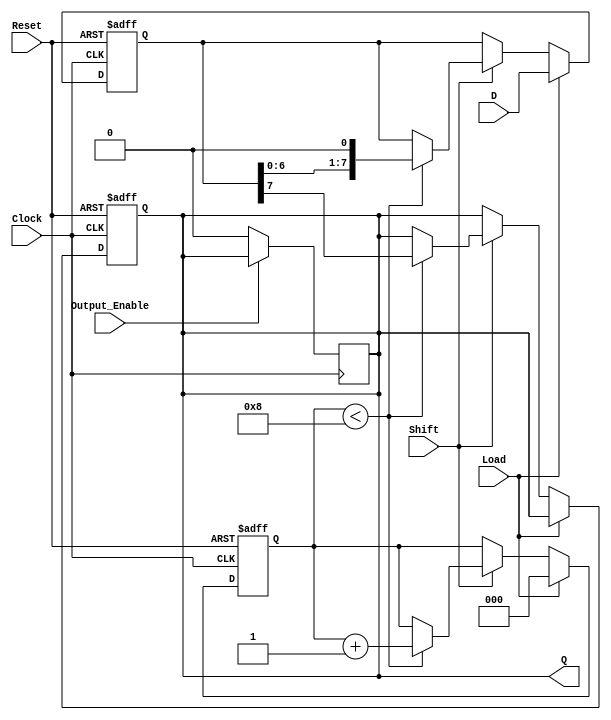
module PISO_Register (
    input wire [7:0] D,          // 8-bit parallel data input
    input wire Load,             // Load control signal
    input wire Shift,            // Shift control signal
    input wire Clock,            // Clock signal
    input wire Reset,            // Reset signal
    input wire Output_Enable,     // Output enable signal
    output reg Q                 // Serial output
);

    reg [7:0] shift_reg;         // 8-bit shift register
    reg [2:0] bit_count;         // Counter for the number of bits shifted out

    always @(posedge Clock or posedge Reset) begin
        if (Reset) begin
            shift_reg <= 8'b0;    // Clear the shift register on reset
            Q <= 1'b0;            // Clear the output on reset
            bit_count <= 3'b0;     // Reset bit counter
        end else begin
            if (Load) begin
                shift_reg <= D;    // Load data into the shift register
                bit_count <= 3'b0;  // Reset bit counter
            end else if (Shift) begin
                if (bit_count < 8) begin
                    Q <= shift_reg[7]; // Output the MSB
                    shift_reg <= {shift_reg[6:0], 1'b0}; // Shift left
                    bit_count <= bit_count + 1; // Increment bit counter
                end
            end
        end
    end

    // Output enable logic
    always @(posedge Clock) begin
        if (!Output_Enable) begin
            Q <= 1'b0; // Disable output if Output_Enable is low
        end
    end

endmodule